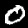
Label: 0